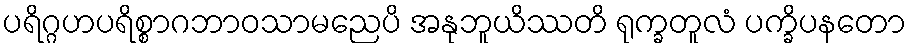
ပရိဂ္ဂဟပရိစ္စာဂဘာဝသာမညေပိ အနုဘူယိဿတိ ရုက္ခတူလံ ပက္ခိပနတော